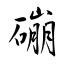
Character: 磞